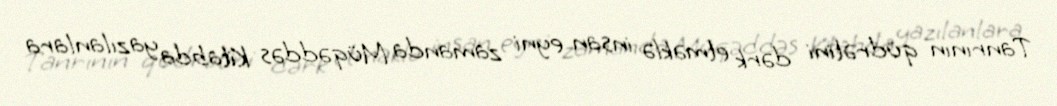
Tanrının qüdrətini dərk etməklə insan eyni zamanda Müqəddəs Kitabda yazılanlara